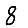
Digit: 8